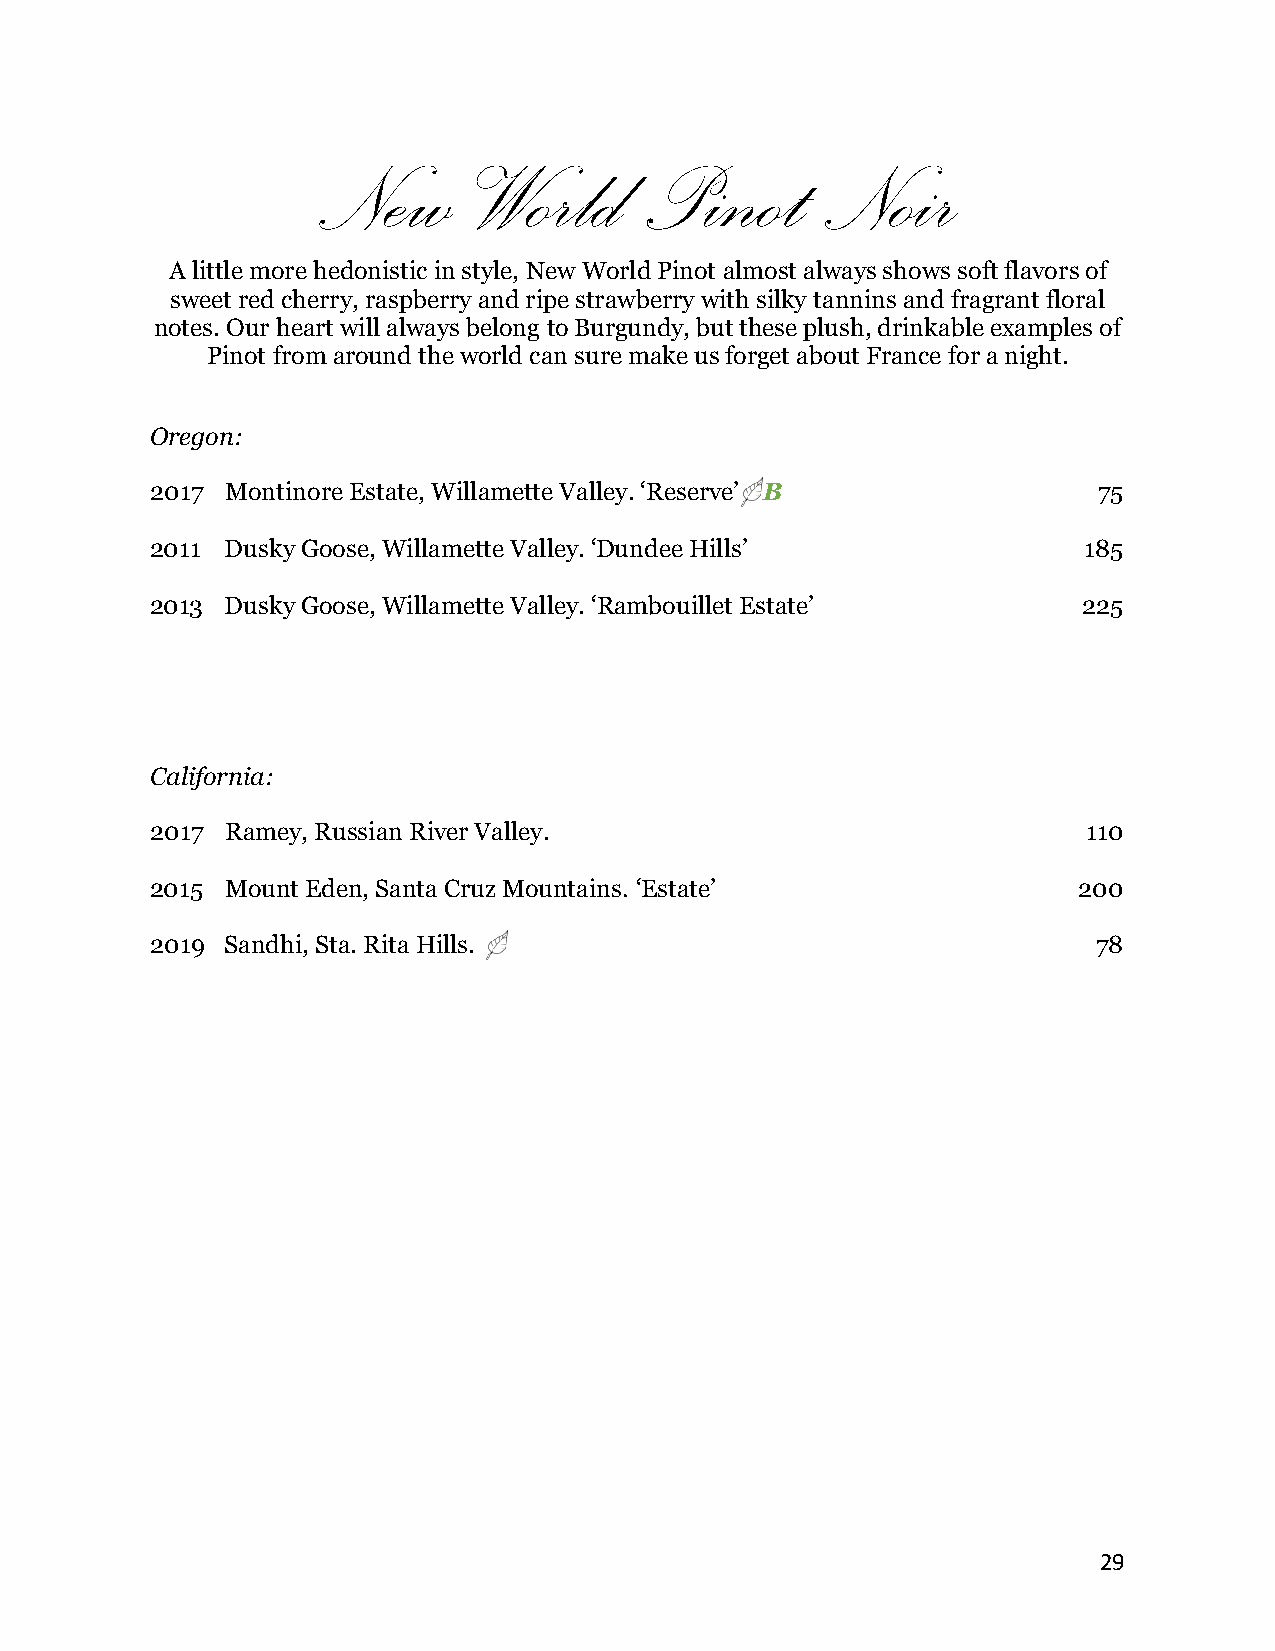
New       World      Pinot        Noir
 A little more hedonistic in style, New World Pinot almost always shows soft flavors of
 sweet red cherry, raspberry and ripe strawberry with silky tannins and fragrant floral
 notes. Our heart will always belong to Burgundy, but these plush, drinkable examples of
 Pinot from around the world can sure make us forget about France for a night.
 Oregon:
 2017 Montinore Estate, Willamette Valley. ‘Reserve’ B          75
 2011 Dusky Goose, Willamette Valley. ‘Dundee Hills’           185
 2013 Dusky Goose, Willamette Valley. ‘Rambouillet Estate’     225
 California:
 2017 Ramey, Russian River Valley.                             110
 2015 Mount Eden, Santa Cruz Mountains. ‘Estate’              200
 2019 Sandhi, Sta. Rita Hills.                                  78
 29